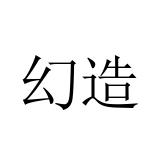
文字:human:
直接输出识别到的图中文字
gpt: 幻造